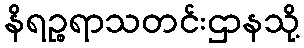
နိရဉ္စရာသတင်းဌာနသို့